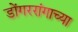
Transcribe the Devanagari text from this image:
डोंगररांगाच्या